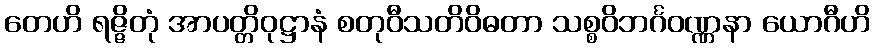
တေဟိ ရဇ္ဇိတုံ အာပတ္တိဝုဋ္ဌာနံ စတုဝီသတိဝိဓတာ သစ္စဝိဘင်္ဂဝဏ္ဏနာ ယောဂီဟိ